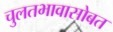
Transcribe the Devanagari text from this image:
चुलतभावासोबत